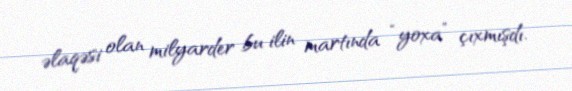
əlaqəsi olan milyarder bu ilin martında “yoxa” çıxmışdı.